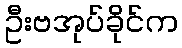
ဦးဗအုပ်ခိုင်က